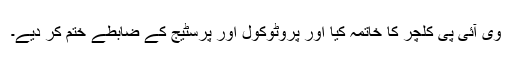
وی آئی پی کلچر کا خاتمہ کیا اور پروٹوکول اور پرسٹیج کے ضابطے ختم کر دیے۔